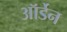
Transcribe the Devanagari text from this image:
ऑर्डेन